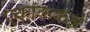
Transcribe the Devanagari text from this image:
एकांककश्च